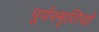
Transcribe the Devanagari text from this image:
पूर्वस्मृतियों